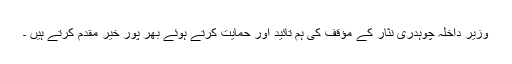
وزیر داخلہ چوہدری نثار کے مؤقف کی ہم تائید اور حمایت کرتے ہوئے بھر پور خیر مقدم کرتے ہیں ۔